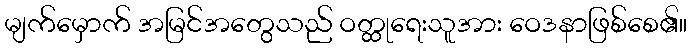
မျက်မှောက် အမြင်အတွေသည် ဝတ္ထုရေးသူအား ဝေဒနာဖြစ်စေ၏။